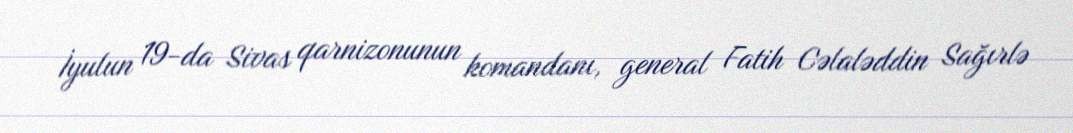
İyulun 19-da Sivas qarnizonunun komandanı, general Fatih Cəlaləddin Sağırlə